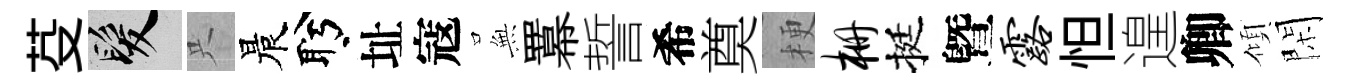
芟髮只晨盻址寇𭴾羃誓希奠梗栅挺曁露怛遑卿傾閑